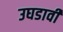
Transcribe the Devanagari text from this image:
उघडावी